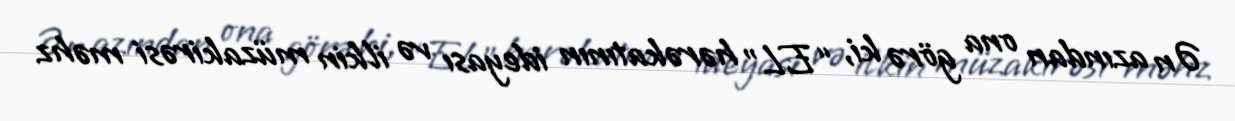
Ən azından ona görə ki, “EL” hərəkatının ideyası və ilkin müzakirəsi məhz